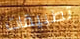
تطبيقات